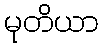
မုတိယာ